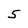
Character: 5